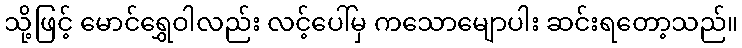
သို့ဖြင့် မောင်ရွှေဝါလည်း လင့်ပေါ်မှ ကသောမျောပါး ဆင်းရတော့သည်။